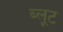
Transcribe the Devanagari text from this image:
ब्लूट